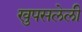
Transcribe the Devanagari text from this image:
खुपसलेली